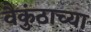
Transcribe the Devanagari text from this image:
वैकुंठाच्या